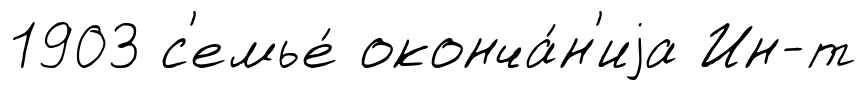
1903 с'емье́ оконча́н'иjа Ин-т